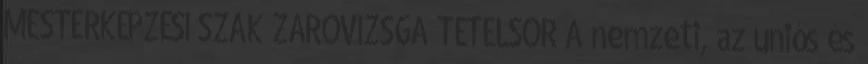
MESTERKÉPZÉSI SZAK ZÁRÓVIZSGA TÉTELSOR A nemzeti, az uniós és